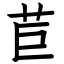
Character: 苣